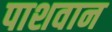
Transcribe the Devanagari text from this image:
पाशवान